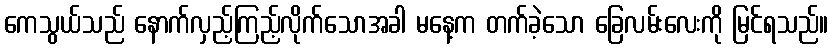
ကေသွယ်သည် နောက်လှည့်ကြည့်လိုက်သောအခါ မနေ့က တက်ခဲ့သော ခြေလမ်းလေးကို မြင်ရသည်။